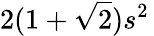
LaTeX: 2(1+{\sqrt{2}})s^{2}\,